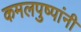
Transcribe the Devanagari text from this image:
कमलपुष्पांनी